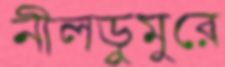
নীলডুমুরে